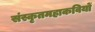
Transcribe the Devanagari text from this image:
संस्कृतमहाकवियों